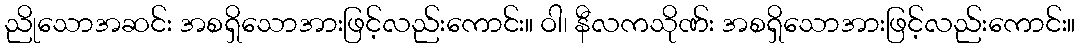
ညိုသောအဆင်း အစရှိသောအားဖြင့်လည်းကောင်း။ ဝါ၊ နီလကသိုဏ်း အစရှိသောအားဖြင့်လည်းကောင်း။